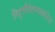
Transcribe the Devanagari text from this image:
निवृत्तीवेतनाकरिता